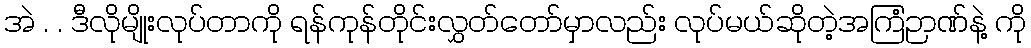
အဲ . . ဒီလိုမျိုးလုပ်တာကို ရန်ကုန်တိုင်းလွှတ်တော်မှာလည်း လုပ်မယ်ဆိုတဲ့အကြံဉာဏ်နဲ့ ကို